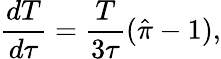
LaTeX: \frac{dT}{d\tau}=\frac{T}{3\tau}(\hat{\pi}-1),